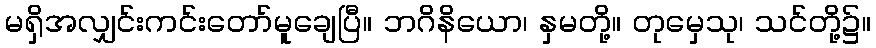
မရှိအလျှင်းကင်းတော်မူချေပြီ။ ဘဂိနိယော၊ နှမတို့။ တုမှေသု၊ သင်တို့၌။